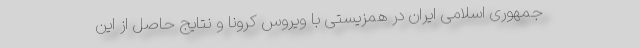
جمهوری اسلامی ایران در همزیستی با ویروس کرونا و نتایج حاصل از این